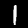
Label: 1